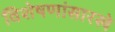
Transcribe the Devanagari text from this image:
विशेषणांसारखे